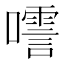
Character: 㘊